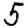
Digit: 5